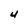
Character: 4